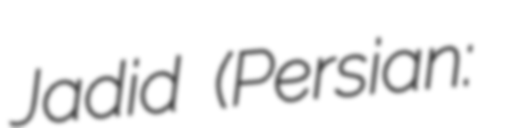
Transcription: Jadid (Persian: سياه‌سنگ